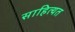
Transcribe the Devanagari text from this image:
साहित्यत